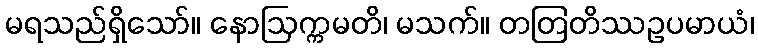
မရသည်ရှိသော်။ နောဩက္ကမတိ၊ မသက်။ တတြတိဿဥပမာယံ၊